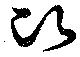
比